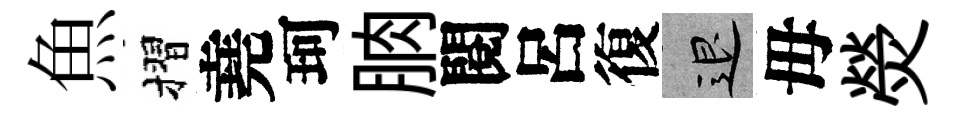
魚摺堯珂朒閱呂復退母熒